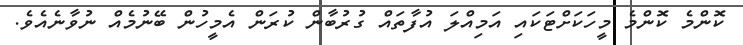
ކޮންމެ ކޮންމެ މީހަކަށްޓަކައި އަމިއްލަ އުފާތައް ގުރުބާން ކުރަން އެމީހުން ބޭނުމެއް ނުވާނެއެވެ.